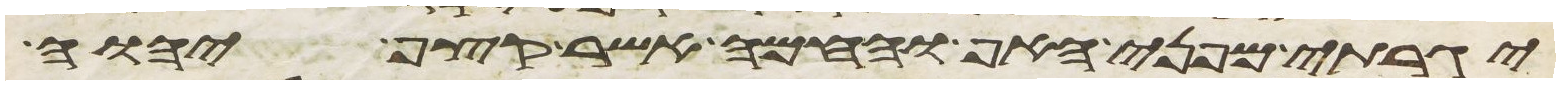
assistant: יגרתי מפני האף והחמה אשר קצף יהוה